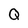
Character: Q